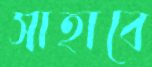
সাহাবে